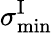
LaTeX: \sigma_{\mathrm{min}}^{\mathrm{I}}